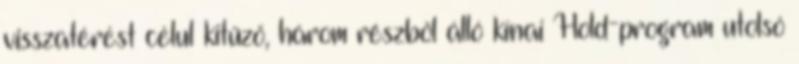
visszatérést célul kitűző, három részből álló kínai Hold-program utolsó